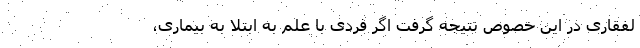
لفقاری در این خصوص نتیجه گرفت اگر فردی با علم به ابتلا به بیماری،